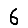
Digit: 6